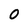
Character: O